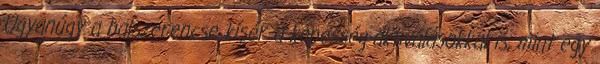
Ugyanúgy a balszerencse kísér a képesség-aktiválásokkal is, mint egy